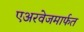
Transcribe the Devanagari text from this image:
एअरवेजमार्फत